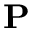
\mathbf { P }